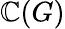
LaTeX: \mathbb{C}(G)